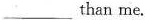
___than me.